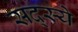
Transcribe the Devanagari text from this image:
सद्स्ये